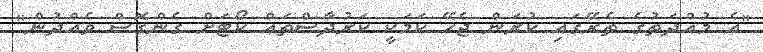
"އެ މުއްދަތުގެ ތެރޭގައި ކުރަން ޖެހޭ ކަމަކީ ކަރުދާސްތައް ކޯޓަށް ގެންގޮސް ވެއްދުން"